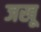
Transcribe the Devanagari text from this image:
जखू